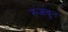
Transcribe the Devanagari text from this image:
रुजवून